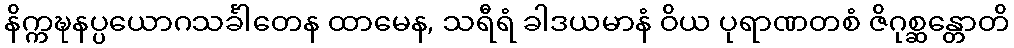
နိက္ကဍ္ဎနပ္ပယောဂသင်္ခါတေန ထာမေန, သရီရံ ခါဒယမာနံ ဝိယ ပုရာဏတစံ ဇိဂုစ္ဆန္တောတိ